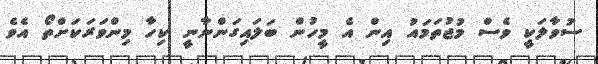
ސުވާލަކީ ވެސް މުޖުތަމައު އިން އެ މީހުން ބަލައިގަންނާނީ ކިހާ މިންވަރަކަށްތޯ އެވެ